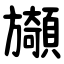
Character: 䫯